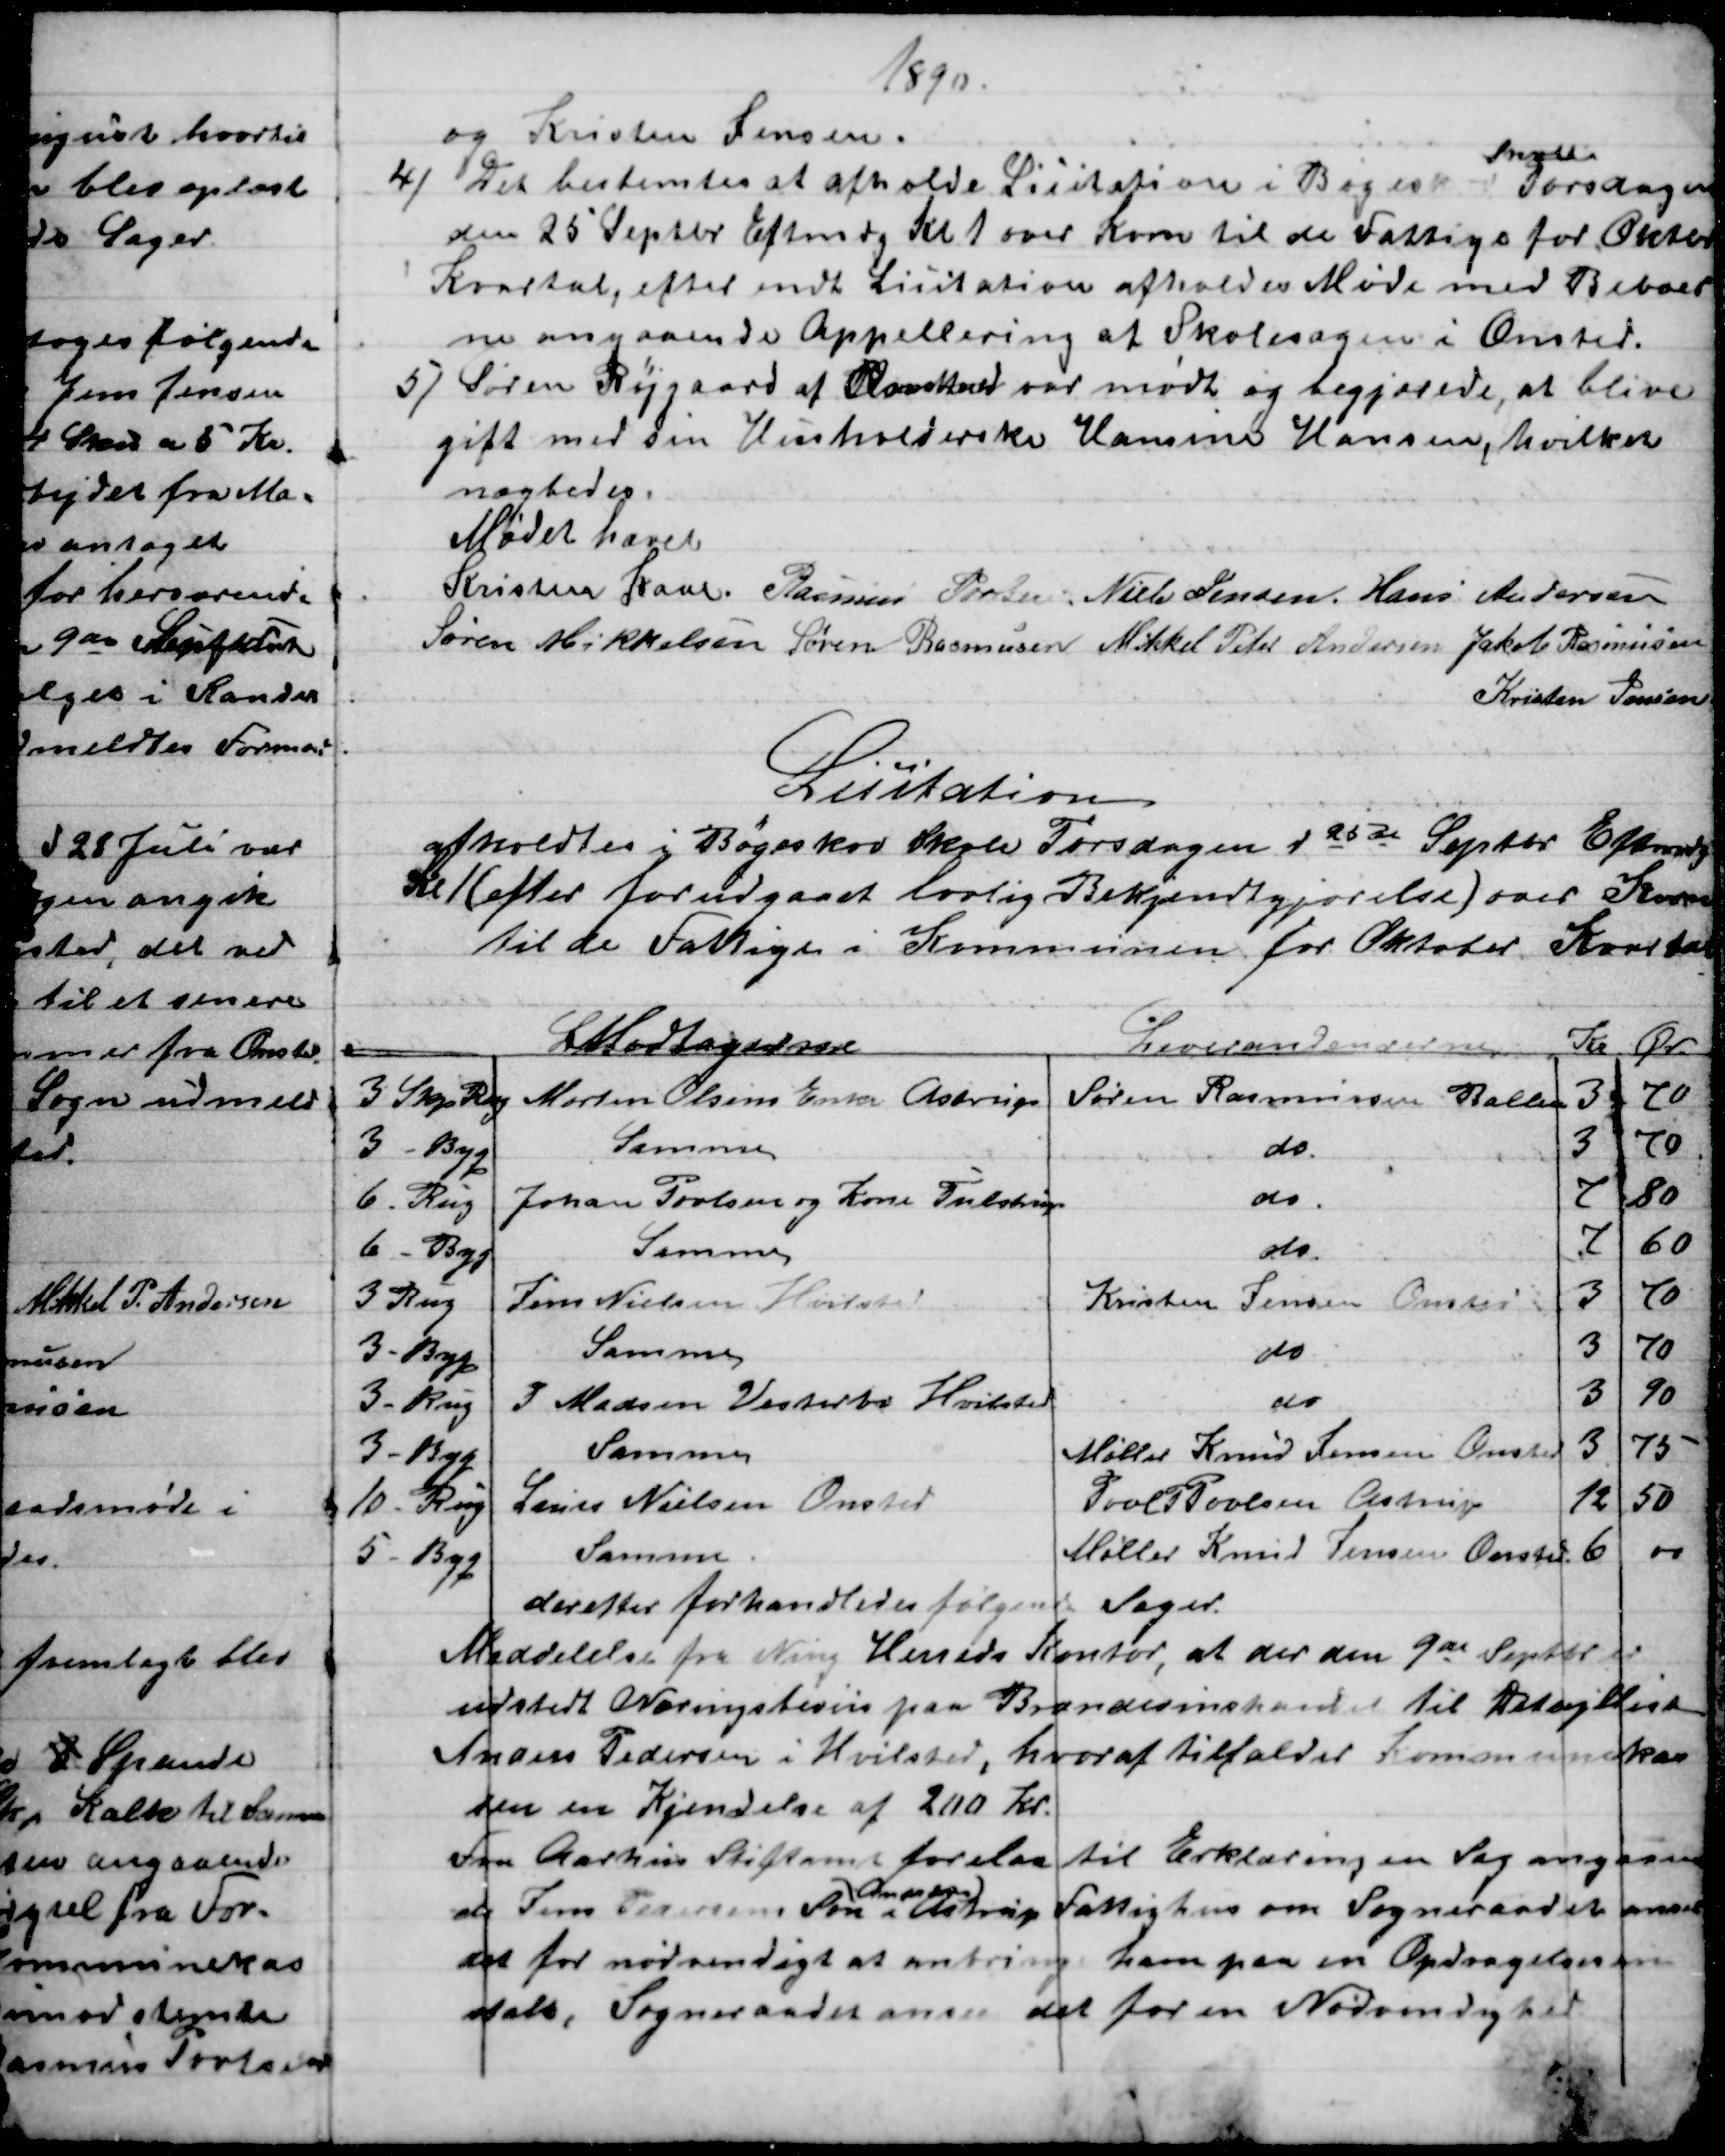
Transskription:
1890.
og Kristen Jensen.
4) 
 Det bestemtes at afholde Licitation i Bøgeskov 
Skole
Torsdagen
den 25 Septbr Eftmdg Kl 1 over Korn til de Fattige for Oktbr
Kvartal, efter endt Licitation afholdes Møde med Beboer
ne angaaende Appellering af Skolesagen i Onsted.
5) 
Søren Røjgaard af Onsted var mødt og begjærede, at blive
gift med den Husholderske Hansine Hansen, hvilket
nægtedes.
Mødet hævet
Kristen Kaae. Rasmus Povlsen. Niels Jensen. Hans Andersen
Søren Mikkelsen Søren Rasmussen Mikkel Peter Andersen Jakob Rasmussen
Kristen Jensen
Licitation
afholdtes i Bøgeskov Skole Torsdagen d 25de Septbr Eftermdg
Kl 1 (efter forudgaaet lovlig Bekjendtgjørelse) over Korn
til de Fattige i Kommunen for Oktober Kvartal
Modtagere
Leverandeurerne
Kr
Ør.
3 Skp Rug
Morten Olsens Enke Astrup
Søren Rasmussen Ballen
3
70
3 - Byg
Samme
do
3
70
6 - Rug
Johan Povlsen og Kone Tulstrup
do.
7
80
6 - Byg
Samme
do
7
60
3 Rug
Jens Nielsen Hvilsted
Kristen Jensen Onsted
3
70
3 - Byg
Samme
do
3
70
3 - Rug
P Madsen Vesterbo Hvilsted
do
3
90
3 -Byg
Samme
Møller Knud Jensen Onsted
3
75
10 - Rug
Laurs Nielsen Onsted
Poul P Poulsen, Astrup
12
50
5 - Byg
Samme
Møller Knud Jensen Onsted
6
00
derefter forhandledes følgende Sager.
Meddelelse fra Ning Herreds Kontor, at der den 9de Septbr er
udstedt Næringsbevis paa Brændevinshandel til Detajllist
Anders Pedersen i Hvilsted, hvoraf tilfalder Kommunekas
den en Kjendelse af 200 Kr.
Fra Aarhus Stiftamt forelaa til Erklæring en Sag angaaen
de Jens Pedersens Søn 
Andreas)
i Astrup Fattighus om Sogneraadet anser
det for nødvendigt at anbringe ham paa en Opdragelsesan
stalt. Sogneraadet anser det for en Nødvendighed